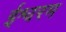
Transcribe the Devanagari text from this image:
ईश्वरम